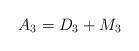
LaTeX: \begin{align*}A_{3}=D_{3}+M_{3} \end{align*}